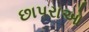
છાપરાઓ